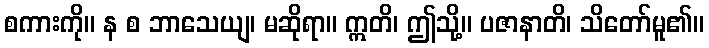
စကားကို။ န စ ဘာသေယျ၊ မဆိုရာ။ ဣတိ၊ ဤသို့။ ပဇာနာတိ၊ သိတော်မူ၏။